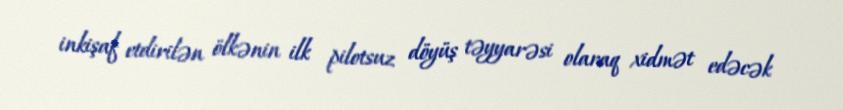
inkişaf etdirilən ölkənin ilk pilotsuz döyüş təyyarəsi olaraq xidmət edəcək